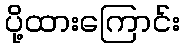
ပို့ထားကြောင်း